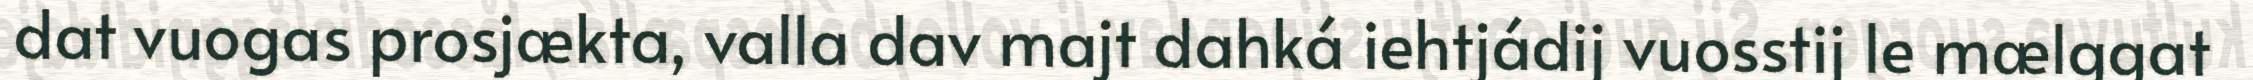
dat vuogas prosjækta, valla dav majt dahká iehtjádij vuosstij le mælggat